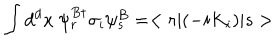
LaTeX: \int d ^ { d } x ~ \psi _ { r } ^ { B \dagger } \sigma _ { i } \psi _ { s } ^ { B } = < r | ( - i K _ { i } ) | s >